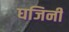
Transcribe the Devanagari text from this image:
घजिनी